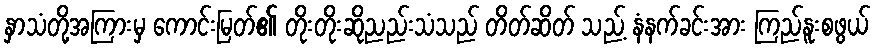
နှာသံတို့အကြားမှ ကောင်းမြတ်၏ တိုးတိုးဆိုညည်းသံသည် တိတ်ဆိတ် သည့် နံနက်ခင်းအား ကြည်နူးစဖွယ်